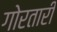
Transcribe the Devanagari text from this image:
गोरतारी